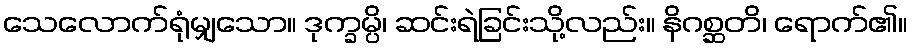
သေလောက်ရုံမျှသော။ ဒုက္ခမ္ပိ၊ ဆင်းရဲခြင်းသို့လည်း။ နိဂစ္ဆတိ၊ ရောက်၏။